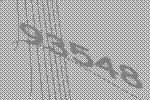
93548